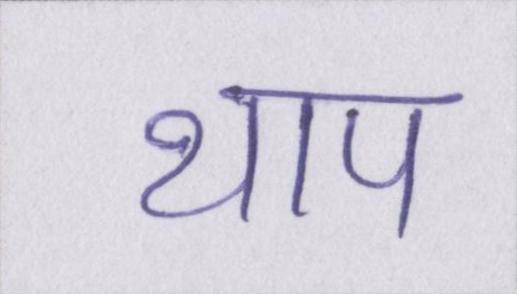
थाप